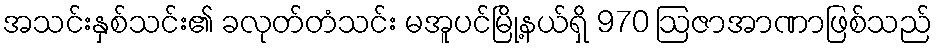
အသင်းနှစ်သင်း၏ ခလုတ်တံသင်း မအူပင်မြို့နယ်ရှိ 970 ဩဇာအာဏာဖြစ်သည်